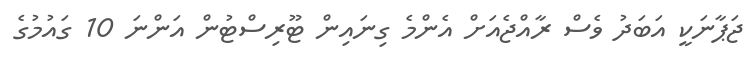
ޖަޕާނަކީ އަބަދު ވެސް ރާއްޖެއަށް އެންމެ ގިނައިން ޓޫރިސްޓުން އަންނަ 10 ގައުމުގެ